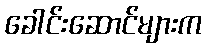
ခေါင်းဆောင်များက